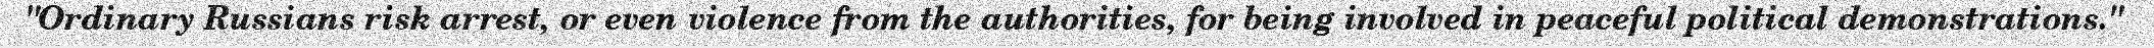
"Ordinary Russians risk arrest, or even violence from the authorities, for being involved in peaceful political demonstrations."